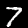
Digit: 7